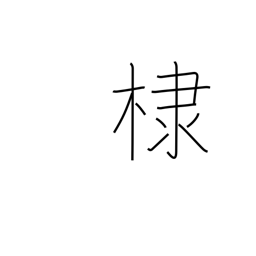
Meaning: flowering almond